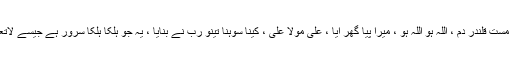
خان صاحب کی مشہور قوالیوں میں دم مست قلندر دم ، اللہ ہو اللہ ہو ، میرا پیا گھر ایا ، علی مولا علی ، کینا سوہنا تینو رب نے بنایا ، یہ جو ہلکا ہلکا سرور ہے جیسے لاتعداد قوالی نے دنیا بھر میں دھوم مچائی۔